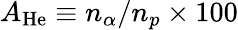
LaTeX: A_{\mathrm{He}}\equiv n_{\alpha}/n_{p}\times 100